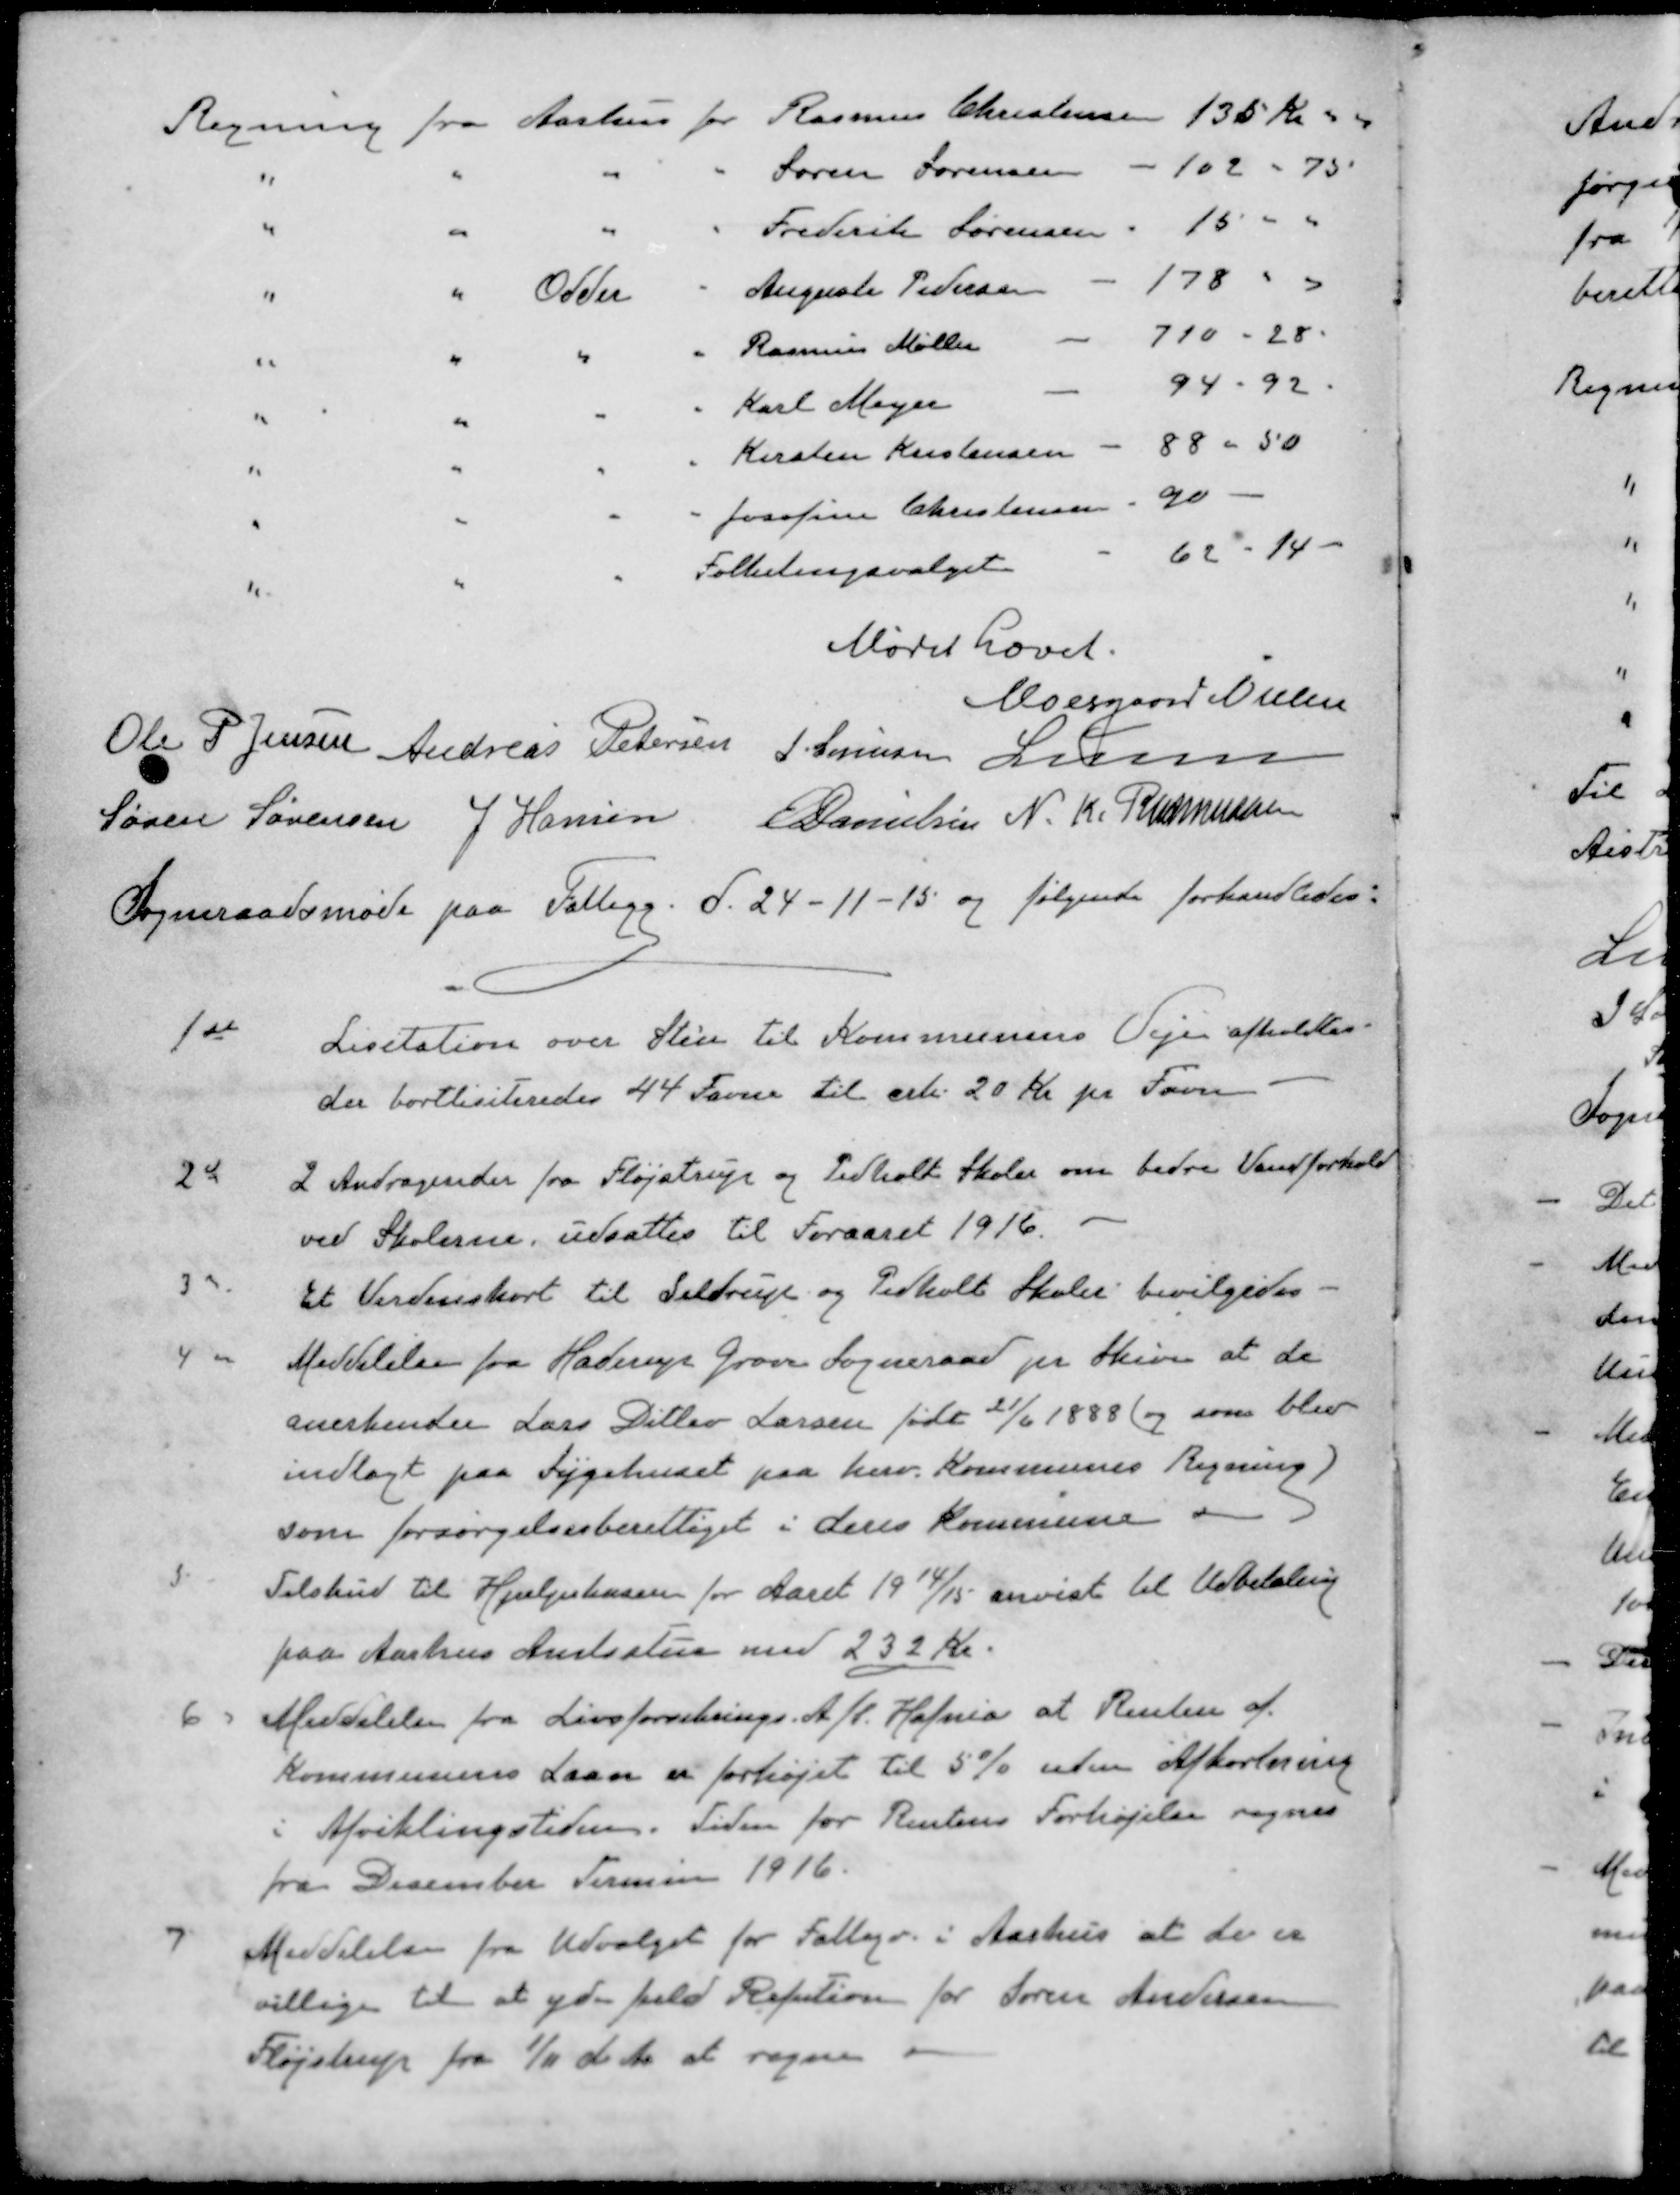
Transskription:
Regning fra Aarhus for Rasmus Christensen 135 Kr 50
"
"
"
"
Søren Sørensen
102 - 75
"
"
"
"
Frederik Sørensen
15 " "
"
"
Odder
"
Auguste Pedersen
178 " "
"
"
"
"
Rasmus Møller
710 - 28
"
"
"
"
Karl Meyer
94-92.
"
"
"
"
Kirsten Kristensen
88 " 50
"
"
"
"
Josefine Christensen
90 - 
"
"
"
Folketingsvalget
62-14
Mødet hævet.
Moesgaard Nielsen
Ole P Jensen
Andreas Petersen
J Sørensen
Lunn
Søren Sørensen
J Hansen
E Danielsen
N. K. Rasmussen
Sogneraadsmøde paa Fattigg. d. 24-11-15 og følgende forhandledes:
1st
Licitation over Sten til Kommunens Vejen afholdtes
der bortliciteredes 44 Favne til crk. 20 Kr pr Favn -
2d
2 Andragender fra Fløjstrup og Pedholt Skoler om bedre Vandforhold
ved Skolerne udsattes til Foraaret 1916.
3d
Et Verdenskort til Seldrup og Pedholt Skoler bevilgedes
4d
Meddelelse fra Haderup Grove Sogneraad pr Skive at de
anerkender Lars Ditlev Larsen født 21/6 1888 (og som blev
indlagt paa Sygehuset paa herv. Kommunes Regning)
som forsørgelsesberettiget i deres Kommune
5
Tilskud til Hjælpekassen for Aaret 1914/15 anvist til Udbetaling
paa Aarhus Amtsstue med 232 Kr.
6
Meddelelse fra Livsforsikrings. A/S. Hafnia at Renten af
Kommunens Laan er forhøjet til 5% uden Afkortning
i Afviklingstiden. Tiden for Rentens Forhøjelse regnes
fra December Termin 1916.
7
Meddelelse fra Udvalget for Fattigv. i Aarhus at de er
villige til at yde fuld Refution for Søren Andersen
Fløjstrup fra 1/11 d. A. at regne